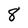
Character: 8